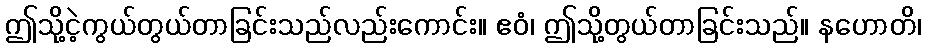
ဤသို့ငဲ့ကွယ်တွယ်တာခြင်းသည်လည်းကောင်း။ ဧဝံ၊ ဤသို့တွယ်တာခြင်းသည်။ နဟောတိ၊